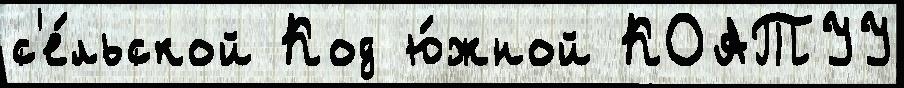
с'е́льской Код ю́жной КОАТУУ